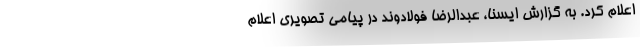
اعلام کرد. به گزارش ایسنا، عبدالرضا فولادوند در پیامی تصویری اعلام